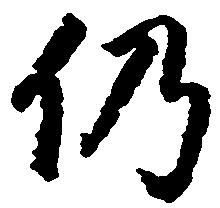
仍